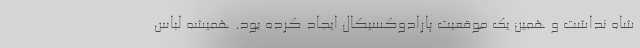
شاه نداشت و همین یک موقعیت پارادوکسیکال ایجاد کرده بود. همیشه لباس